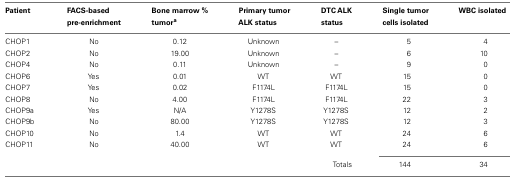
<table><thead><tr><td><b>Patient</b></td><td><b>FACS-based pre-enrichment</b></td><td><b>Bone marrow % tumor<sup>a</sup></b></td><td><b>Primary tumor ALK status</b></td><td><b>DTC ALK status</b></td><td><b>Single tumor cells isolated</b></td><td><b>WBC isolated</b></td></tr></thead><tbody><tr><td>CHOP1</td><td>No</td><td>0.12</td><td>Unknown</td><td>–</td><td>5</td><td>4</td></tr><tr><td>CHOP2</td><td>No</td><td>19.00</td><td>Unknown</td><td>–</td><td>6</td><td>10</td></tr><tr><td>CHOP4</td><td>No</td><td>0.11</td><td>Unknown</td><td>–</td><td>9</td><td>0</td></tr><tr><td>CHOP6</td><td>Yes</td><td>0.01</td><td>WT</td><td>WT</td><td>15</td><td>0</td></tr><tr><td>CHOP7</td><td>Yes</td><td>0.02</td><td>F1174L</td><td>F1174L</td><td>15</td><td>0</td></tr><tr><td>CHOP8</td><td>No</td><td>4.00</td><td>F1174L</td><td>F1174L</td><td>22</td><td>3</td></tr><tr><td>CHOP9a</td><td>Yes</td><td>N/A</td><td>Y1278S</td><td>Y1278S</td><td>12</td><td>2</td></tr><tr><td>CHOP9b</td><td>No</td><td>80.00</td><td>Y1278S</td><td>Y1278S</td><td>12</td><td>3</td></tr><tr><td>CHOP10</td><td>No</td><td>1.4</td><td>WT</td><td>WT</td><td>24</td><td>6</td></tr><tr><td>CHOP11</td><td>No</td><td>40.00</td><td>WT</td><td>WT</td><td>24</td><td>6</td></tr><tr><td></td><td></td><td></td><td></td><td>Totals</td><td>144</td><td>34</td></tr></tbody></table>